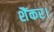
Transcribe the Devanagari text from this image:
शैंकर।